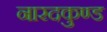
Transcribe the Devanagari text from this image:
नारदकुण्ड